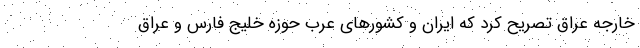
خارجه عراق تصریح کرد که ایران و کشورهای عرب حوزه خلیج فارس و عراق